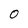
Character: O